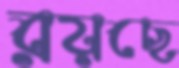
রয়ছে